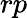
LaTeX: rp